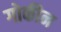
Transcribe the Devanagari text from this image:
गोकीन